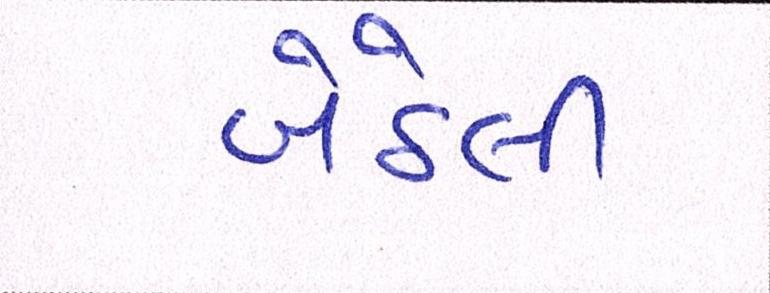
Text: બેઠેલી